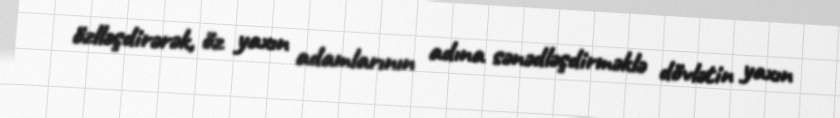
özlləşdirərək, öz yaxın adamlarının adına sənədləşdirməklə dövlətin yaxın